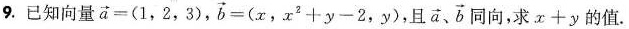
9.已知向量$$\overrightarrow{ a } = （ 1 ， 2 ， 3 ） $$，$$\overrightarrow{ b } = （ x ， x ^ { 2 } + y - 2 ，y ）$$，且\overrightarrow{a}、\overrightarrow{b}同向，求$$x + y$$的值